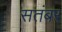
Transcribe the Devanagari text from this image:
सतंबर